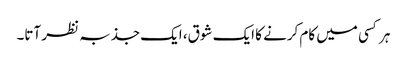
ہر کسی میں کام کرنے کا ایک شوق، ایک جذبہ نظر آتا۔